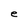
Character: e